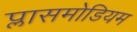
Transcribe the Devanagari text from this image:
प्लासमोडियम